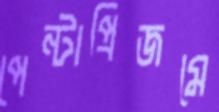
পেন্টাপ্রিজমে